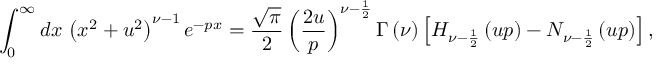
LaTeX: \int _ { 0 } ^ { \infty } d x \, \left( x ^ { 2 } + u ^ { 2 } \right) ^ { \nu - 1 } e ^ { - p x } = \frac { \sqrt { \pi } } { 2 } \left( \frac { 2 u } { p } \right) ^ { \nu - \frac { 1 } { 2 } } \Gamma \left( \nu \right) \left[ H _ { \nu - \frac { 1 } { 2 } } \left( u p \right) - N _ { \nu - \frac { 1 } { 2 } } \left( u p \right) \right] ,